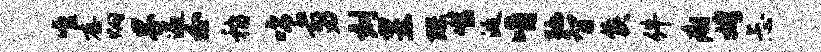
唯存炯界遍分稽唏剪刻昱醪噬涎嚼弛智侯件痢娉忐